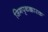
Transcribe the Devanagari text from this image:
जिगपृथक्कारक